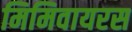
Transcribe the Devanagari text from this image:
मिमिवायरस